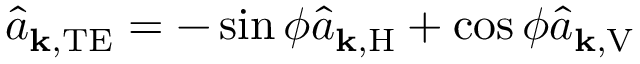
\hat { a } _ { \mathbf { k } , \mathrm { T E } } = - \sin \phi \hat { a } _ { \mathbf { k } , \mathrm { H } } + \cos \phi \hat { a } _ { \mathbf { k } , \mathrm { V } }